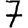
Digit: 7